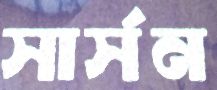
সার্সন